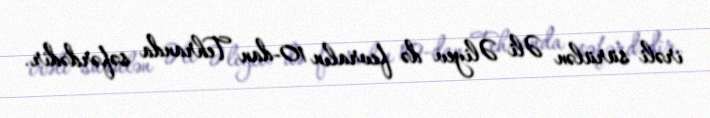
irəli sürülən Əli Əliyev də fevralın 10-dan Tehranda səfərdədir.